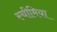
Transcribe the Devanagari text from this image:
स्चीमिया